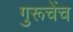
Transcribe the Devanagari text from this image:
गुरूचेंच